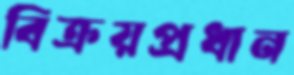
বিক্রয়প্রধান